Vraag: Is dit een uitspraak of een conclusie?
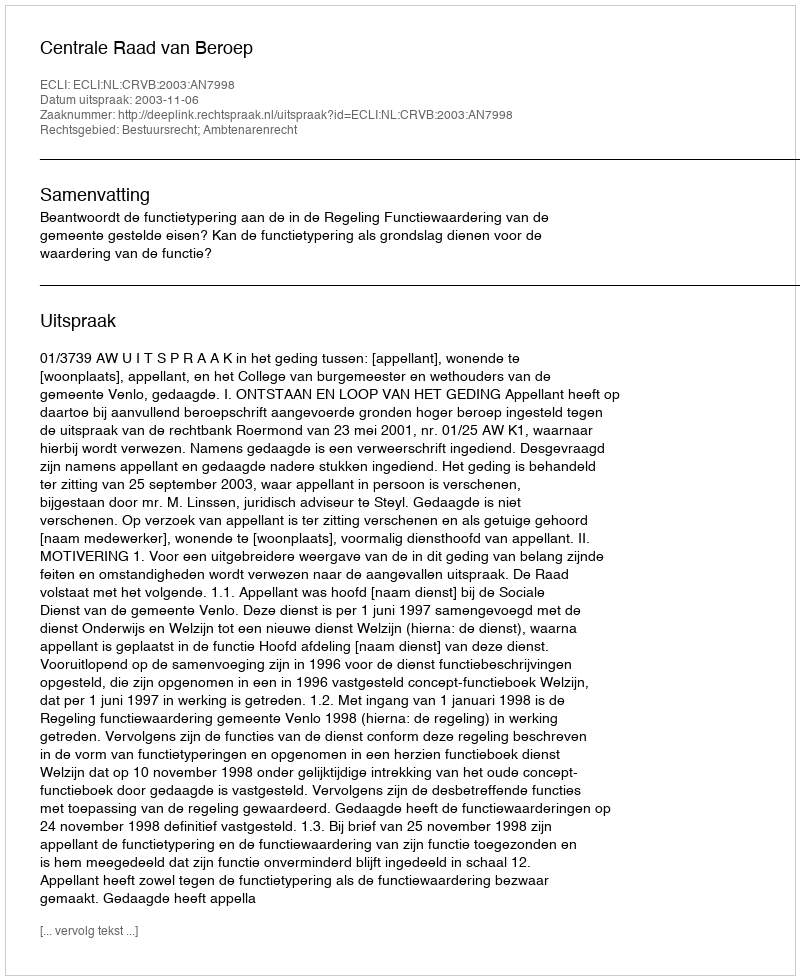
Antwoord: Uitspraak